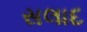
સલાદ